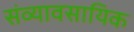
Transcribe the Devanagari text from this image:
संव्यावसायिक